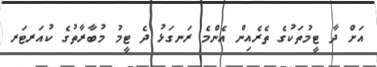
އަށް ދާ ޓީމުތަކުގެ ތެރެއިން އެންމެ ރަނގަޅު ދެ ޓީމު މުބާރާތުގެ ކުއަރޓަރ